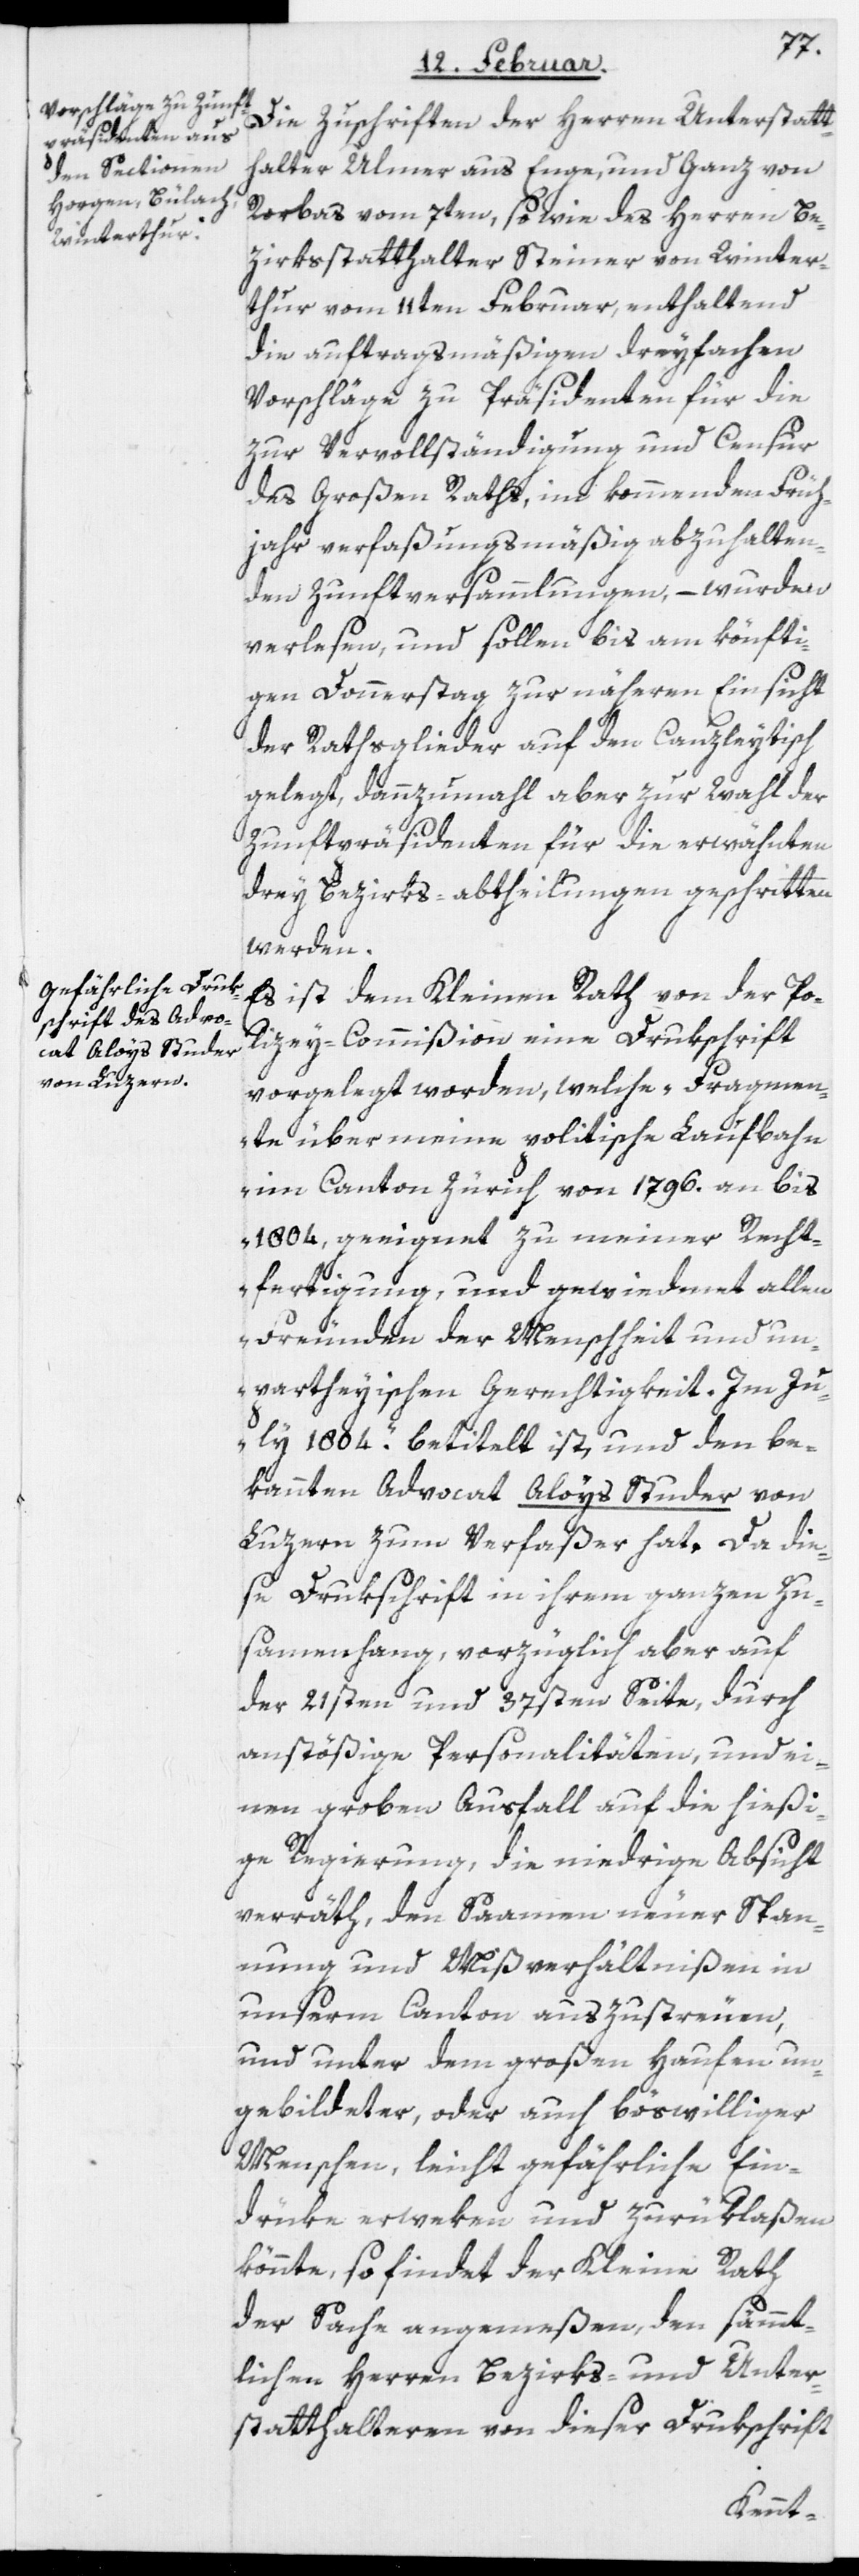
Die Zuschriften der Herren Unterstatt¬
halter Ulmer aus Enge, und Ganz von
Rorbas vom 7ten, so wie des Herrn Be¬
zirksstatthalter Steiner von Winter¬
thur vom 11ten Februar, enthaltend
die auftragsmäßigen dreyfachen
Vorschläge zu Präsidenten für die
zur Vervollständigung und Censur
des Großen Raths, im kommenden Früh¬
jahr verfaßungsmäßig abzuhalten¬
den Zunftversammlungen, – wurden
verlesen und sollen bis am könfti¬
gen Donnerstag zur näheren Einsicht
der Rathsglieder auf den Canzleytisch
gelegt, dannzumahl aber zur Wahl der
Zunftpräsidenten für die erwähnten
drey Bezirks-abtheilungen geschritten
werden.
Es ist dem Kleinen Rath von der Po¬
lizey-Commißion eine Drukschrift
vorgelegt worden, welche „Fragmen¬
te über meine politische Laufbahn
im Canton Zürich von 1796. an bis
1804, geeignet zu meiner Recht¬
fertigung und gewiedmet allen
Freunden der Menschheit und un¬
partheyischen Gerechtigkeit. Im Ju¬
ly 1804.“ betitelt ist, und den be¬
kannten Advocat Aloys Studer von
Luzern zum Verfaßer hat. Da die¬
se Drukschrift in ihrem ganzen Zu¬
sammenhang, vorzüglich aber auf
der 21sten und 37sten Seite, durch
anstößige Personalitäten, und ei¬
nen groben Ausfall auf die hießi¬
ge Regierung, die niedrige Absicht
verräth, den Saamen neuer Span¬
nung und Mißverhältnißen in
unserm Canton auszustreuen,
und unter dem großen Haufen un¬
gebildeter, oder auch böswilliger
Menschen, leicht gefährliche Ein¬
drüke erweken und zurüklaßen
könnte, so findet der Kleine Rath
der Sache angemeßen, den sämmt¬
lichen Herren Bezirks- und Unter¬
statthalteren von dieser Drukschrift